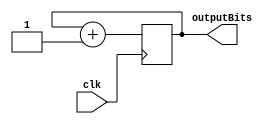

module OneBitToFourBits(clk, outputBits);
input clk;
output [3:0] outputBits;

reg [3:0] outputBitsReg;

always @(posedge clk)
begin
	outputBitsReg <= outputBitsReg + 4'd1;
end

assign outputBits = outputBitsReg;
endmodule

// the reason I can't use the 50MHz clock here is that